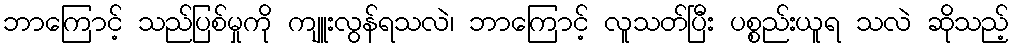
ဘာကြောင့် သည်ပြစ်မှုကို ကျူးလွန်ရသလဲ၊ ဘာကြောင့် လူသတ်ပြီး ပစ္စည်းယူရ သလဲ ဆိုသည့်